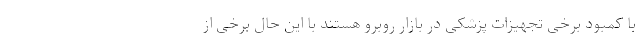
با کمبود برخی تجهیزات پزشکی در بازار روبرو هستند با این حال برخی از